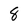
Character: 8